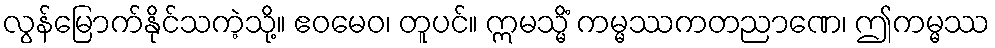
လွန်မြောက်နိုင်သကဲ့သို့။ ဧဝမေဝ၊ တူပင်။ ဣမသ္မိံ ကမ္မဿကတညာဏေ၊ ဤကမ္မဿ